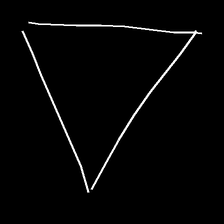
Glyph: convergence